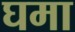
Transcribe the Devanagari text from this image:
घमा